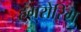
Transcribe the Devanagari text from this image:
हंगरोरिंग